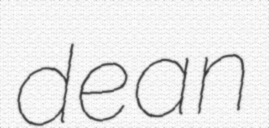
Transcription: dean